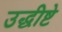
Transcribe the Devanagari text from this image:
उद्धीष्टे